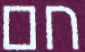
חם